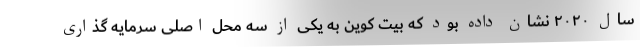
سال ۲۰۲۰ نشان داده بود که بیت کوین به یکی از سه محل اصلی سرمایه گذاری